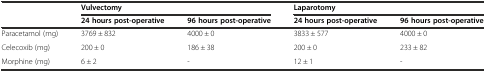
|  | <COLSPAN=2> Vulvectomy | <COLSPAN=2> Laparotomy |
 |  | 24 hours post-operative | 96 hours post-operative | 24 hours post-operative | 96 hours post-operative |
 | --- | --- | --- | --- | --- |
 | Paracetamol (mg) | 3769 ± 832 | 4000 ± 0 | 3833 ± 577 | 4000 ± 0 |
 | Celecoxib (mg) | 200 ± 0 | 186 ± 38 | 200 ± 0 | 233 ± 82 |
 | Morphine (mg) | 6 ± 2 | - | 12 ± 1 | - |